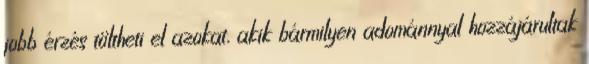
jobb érzés töltheti el azokat, akik bármilyen adománnyal hozzájárultak